Rangoon Lunatic Asylum 1898-1906 - 1898-1906
Year: 1898
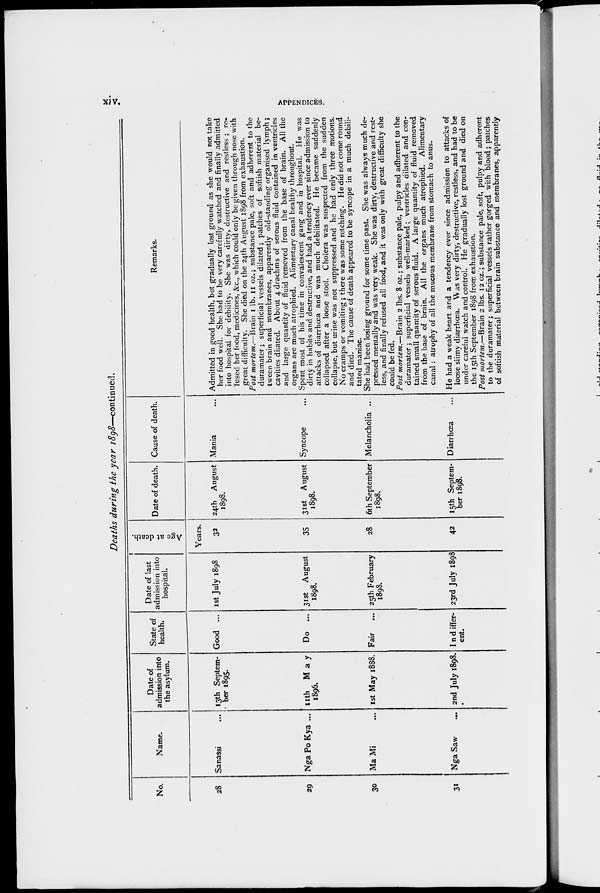
xiv.
APPENDICES.
Deaths during the year 1898—continued.
No.
28
29
30
31
Name.
Sanassi ...
Nga Po Kya ...
Ma Mi ...
Nga Saw ...
Date of
admission into
the asylum.
13th Septem-
ber 1895.
11th
May
1896.
1st May 1888.
2nd July 1898.
State of
health.
Good ...
Do ...
Fair ...
Indiffer-
ent.
Date of last
admission into
hospital.
1st July 1898
31st August
1898.
25th February
1898.
23rd July 1898
Age at death.
Years.
32
35
28
42
Date of death.
24th August
1898.
31st August
1898.
6th September
1898.
15th Septem-
ber 1898.
Cause of death.
Mania ...
Syncope ...
Melancholia ..
Diarrhœa ...
Remarks.
Admitted in good health, but gradually lost ground as she would not take
her food well. She had to be very carefully watched and finally admitted
into hospital for debility. She was dirty, destructive and restless ; re-
fused her food, medicines, &c., which could only be given through nose with
great difficulty. She died on the 24th August 1898 from exhaustion.
Post mortem.—Brain 1 lb. 11 oz.; substance pale, soft and adherent to the
duramater; superficial vessels dilated; patches of softish material be-
tween brain and membranes, apparently old-standing organised lymph;
cavities dilated. About 4 drachms of serous fluid contained in ventricles
and large quantity of fluid removed from the base of brain. All the
organs are much atrophied. Alimentary canal healthy throughout.
Spent most of his time in convalescent gang and in hospital. He was
dirty in habits and destructive, and had a tendency ever since admission to
attacks of diarrhœa and was much debilitated. He became suddenly
collapsed after a loose stool. Cholera was suspected from the sudden
collapse, but urine was not suppressed and he had only three motions.
No cramps or vomiting ; there was some retching. He did not come round
and died. The cause of death appeared to be syncope in a much debili-
tated maniac.
She had been losing ground for some time past. She was always much de-
pressed mentally and was very weak. She was dirty, destructive and rest-
less, and finally refused all food, and it was only with great difficulty she
could be fed.
Post mortem.—Brain 2 lbs. 8 oz.; substance pale, pulpy and adherent to the
duramater; superficial vessels well-marked; ventricles dilated and con-
tained small quantity of serous fluid. A large quantity of fluid removed
from the base of brain. All the organs much atrophied. Alimentary
canal: atrophy of all the mucous membrane from stomach to anus.
He had a weak heart and a tendency ever since admission to attacks of
loose slimy diarrhœa. Was very dirty, destructive, restless, and had to be
under careful watch and control. He gradually lost ground and died on
the 15th September 1898 from exhaustion.
Post mortem.—Brain 2 lbs. 12 oz.; substance pale, soft, pulpy and adherent
to the duramater; superficial vessels rather gorged with blood; patches
of softish material between brain substance and membranes, apparently